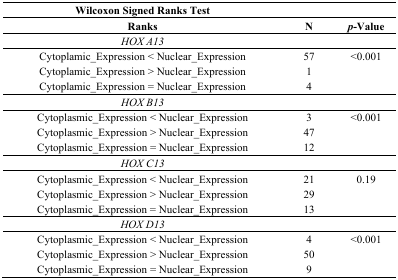
<table><thead><tr><td><b>Wilcoxon Signed Ranks Test</b></td><td></td><td></td></tr><tr><td><b>Ranks</b></td><td><b>N</b></td><td><b><i>p</i>-Value</b></td></tr></thead><tbody><tr><td><i>HOX A13</i></td><td></td><td></td></tr><tr><td>Cytoplamic_Expression &lt; Nuclear_Expression</td><td>57</td><td>&lt;0.001</td></tr><tr><td>Cytoplamic_Expression &gt; Nuclear_Expression</td><td>1</td><td></td></tr><tr><td>Cytoplamic_Expression = Nuclear_Expression</td><td>4</td><td></td></tr><tr><td><i>HOX B13</i></td><td></td><td></td></tr><tr><td>Cytoplasmic_Expression &lt; Nuclear_Expression</td><td>3</td><td>&lt;0.001</td></tr><tr><td>Cytoplasmic_Expression &gt; Nuclear_Expression</td><td>47</td><td></td></tr><tr><td>Cytoplasmic_Expression = Nuclear_Expression</td><td>12</td><td></td></tr><tr><td><i>HOX C13</i></td><td></td><td></td></tr><tr><td>Cytoplasmic_Expression &lt; Nuclear_Expression</td><td>21</td><td>0.19</td></tr><tr><td>Cytoplasmic_Expression &gt; Nuclear_Expression</td><td>29</td><td></td></tr><tr><td>Cytoplasmic_Expression = Nuclear_Expression</td><td>13</td><td></td></tr><tr><td><i>HOX D13</i></td><td></td><td></td></tr><tr><td>Cytoplasmic_Expression &lt; Nuclear_Expression</td><td>4</td><td>&lt;0.001</td></tr><tr><td>Cytoplasmic_Expression &gt; Nuclear_Expression</td><td>50</td><td></td></tr><tr><td>Cytoplasmic_Expression = Nuclear_Expression</td><td>9</td><td></td></tr></tbody></table>